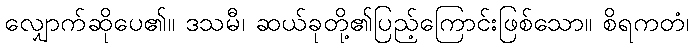
လျှောက်ဆိုပေ၏။ ဒသမီ၊ ဆယ်ခုတို့၏ပြည့်ကြောင်းဖြစ်သော။ စိရကတံ၊